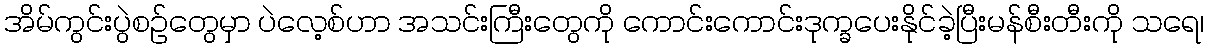
အိမ်ကွင်းပွဲစဉ်တွေမှာ ပဲလေ့စ်ဟာ အသင်းကြီးတွေကို ကောင်းကောင်းဒုက္ခပေးနိုင်ခဲ့ပြီးမန်စီးတီးကို သရေ၊